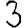
Digit: 3